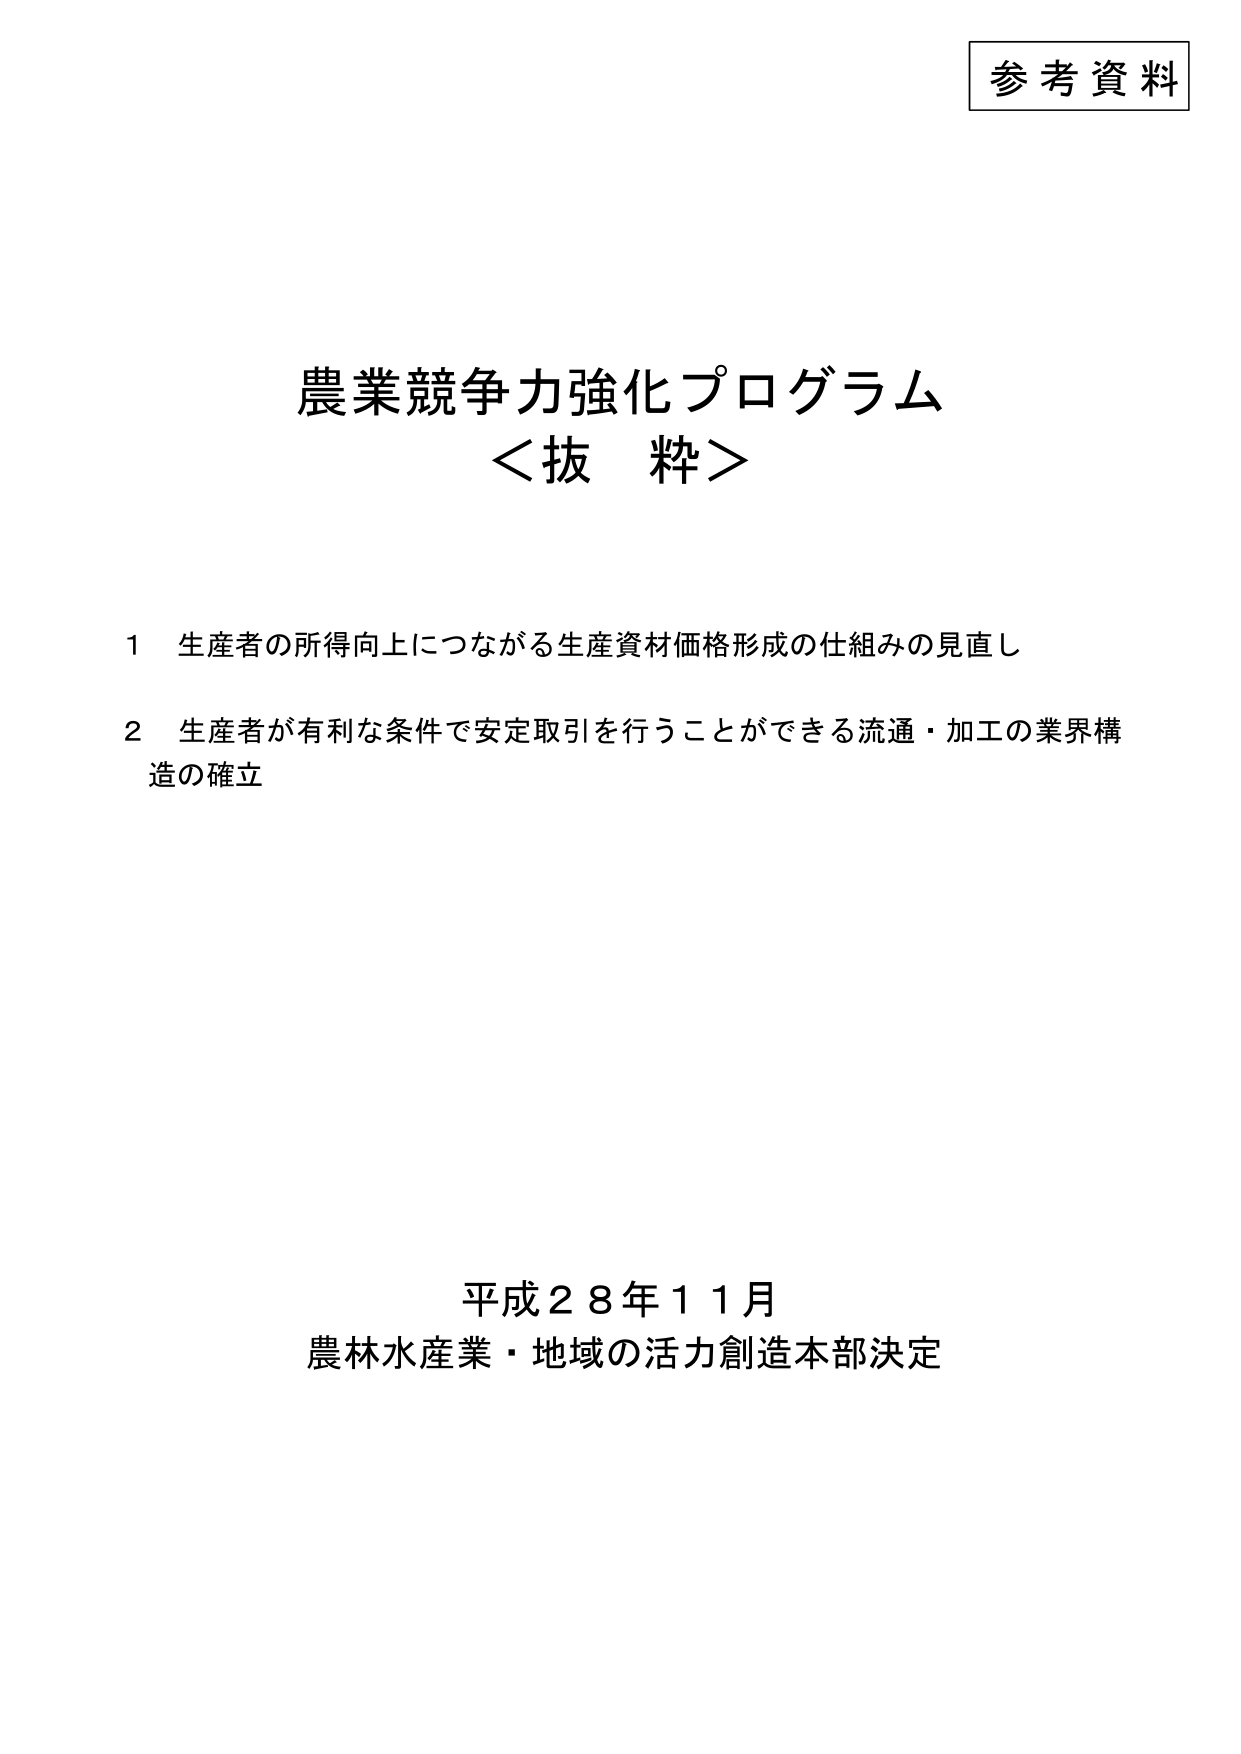
参考資料

農業競争力強化プログラム
＜抜粋＞

１ 生産者の所得向上につながる生産資材価格形成の仕組みの見直し

２ 生産者が有利な条件で安定取引を行うことができる流通・加工の業界構造の確立

平成２８年１１月
農林水産業・地域の活力創造本部決定